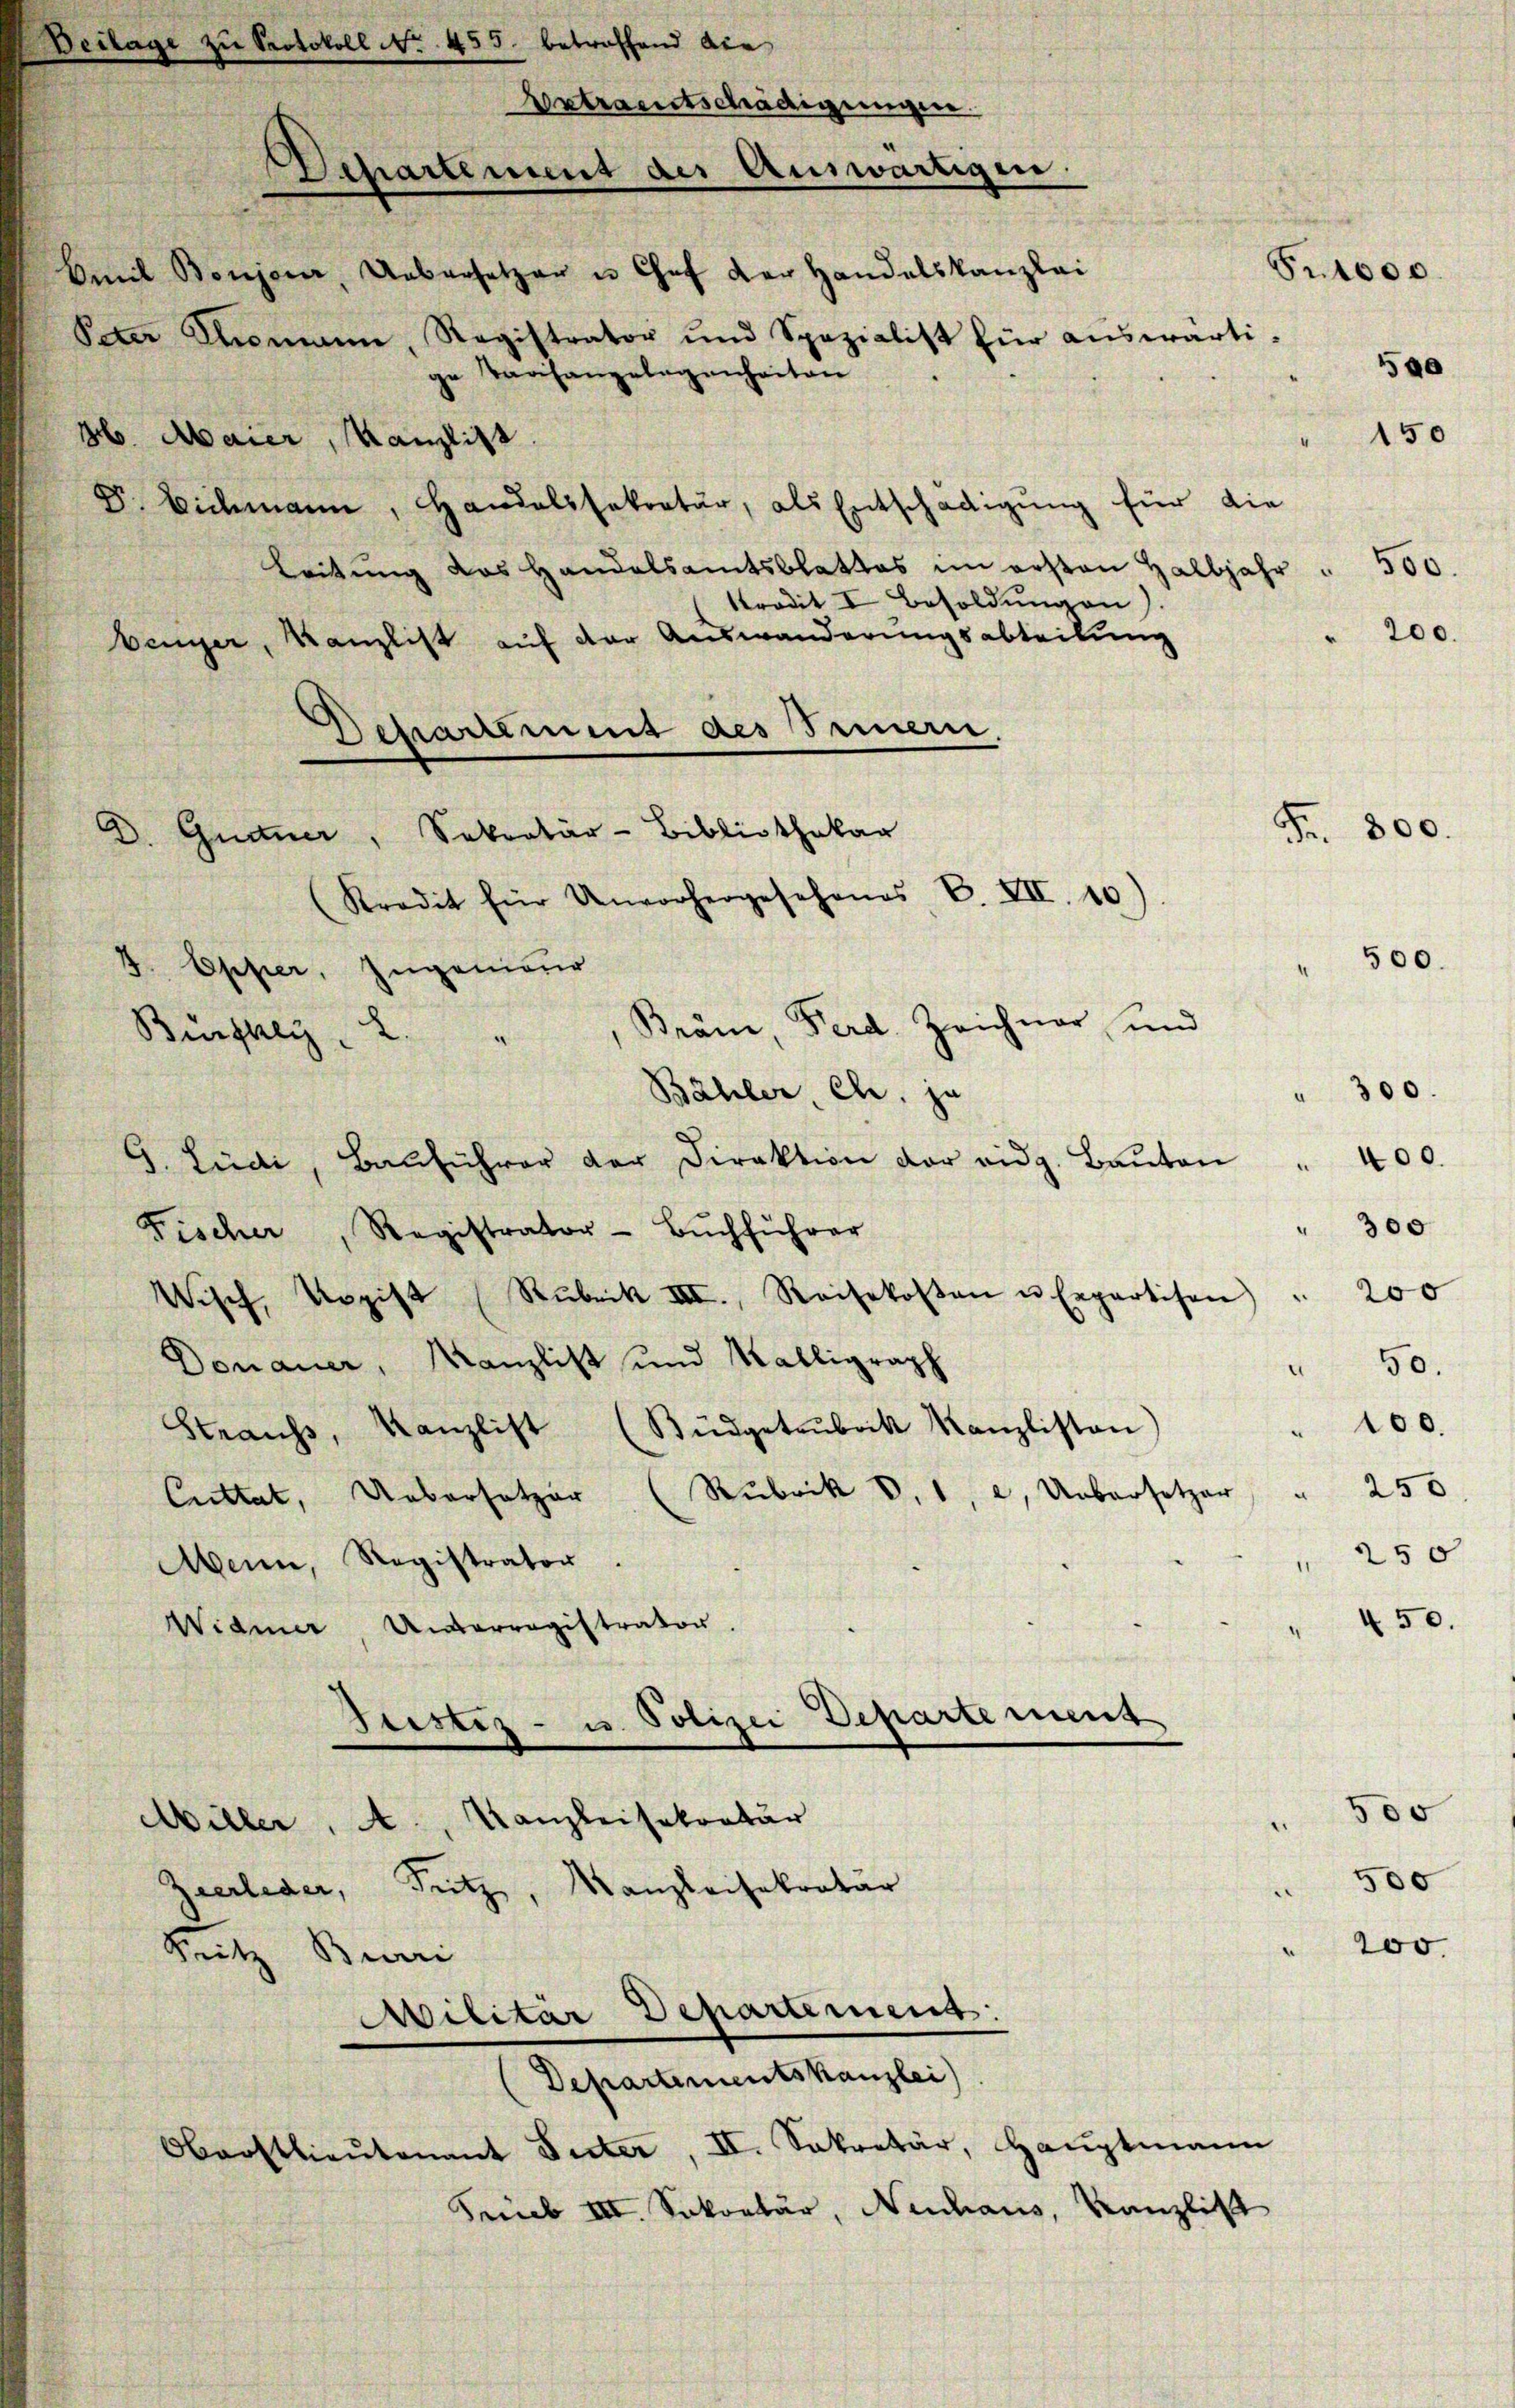
H. Maier, Kanzlist
D. Eichmann, Handelssekretär, als Entschädigung für die
Leitŭng das Handelsamtsblattes im ersten Halbjahr " 500.
tradit I Besoldŭngen).
benger, Kanzlist auf der Auswanderungsabteilung
Departement des Irmern.
2
Gurtner, Sekretär-Bibliothekar
Kredit für Unvorhergesehenes P. VII. 10)
F. Opper, Ingenieur
Bräm, Ferd. Zeichner, und
.
300.
Bähler Cl. z.
zu
2
 400.
9. Lüdi, Bauführer der Direktion der eidg. Baŭten
" 300
Fischer, Registrator-Bŭchführer
 200
Wisch, Kopist (Rubrik III., Reisekosten u. Expertisen
Donauer, Kanzlist und Walligraph
50.
.
" 100.
Straufs, Kanzlist (Büdgetrubrik Kanzlisten,
250
.
Cuttat, Uebersetzer (Rubrik V. 1, 2. Uebersetzer
250
Mann, Registrator.
" 450.
Widmer Unterregistrator.
Justiz- u. Polizei Departement
500
A., Kanzleisekretär
Willer
500
Zeerleder, Fitz, Kanzleisekretär
200.
“
Sitz Burri
Militar Departement:

u Protokoll No 455. betroffend die
Departement der Auswärtigen.
5r 1000.
Amil Boujour, Uebersetzer u Chef der Handelskanzlei
Peter Thomann, Registrator und Spezialist für aŭswärti-
190
ge Tarifangelegenheiten

Bürfhei

Ertrautschädigungen.

Departementskanzlei

Oberstlieutenant Suter, II. Sekretär, Haŭptmann
Preb III. Sekretär, Neuhaus, Kanzlist

200.

150

Fr. 800.

500.